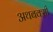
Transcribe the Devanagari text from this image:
अथबक्सी